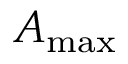
A _ { \mathrm { m a x } }